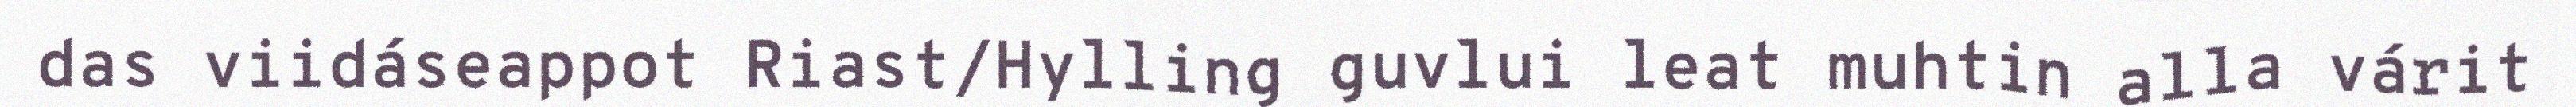
das viidáseappot Riast/Hylling guvlui leat muhtin alla várit